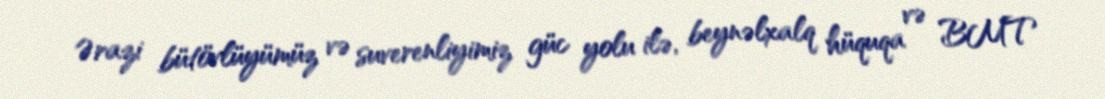
Ərazi bütövlüyümüz və suverenliyimiz güc yolu ilə, beynəlxalq hüquqa və BMT